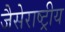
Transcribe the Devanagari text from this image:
जैसेराष्ट्रीय